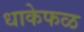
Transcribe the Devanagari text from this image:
धाकेफळ